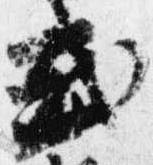
式